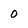
Character: 0